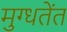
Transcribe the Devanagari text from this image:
मुग्धतेंत